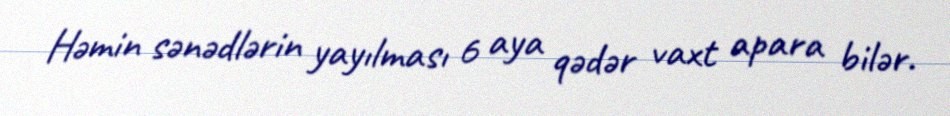
Həmin sənədlərin yayılması 6 aya qədər vaxt apara bilər.